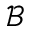
{ \mathcal B }